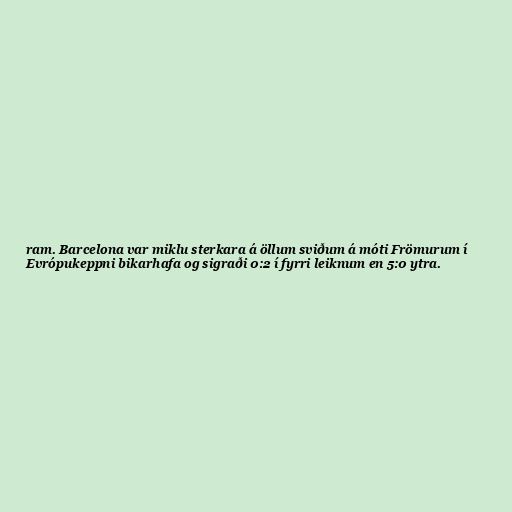
ram. Barcelona var miklu sterkara á öllum sviðum á móti Frömurum í
Evrópukeppni bikarhafa og sigraði 0:2 í fyrri leiknum en 5:0 ytra.